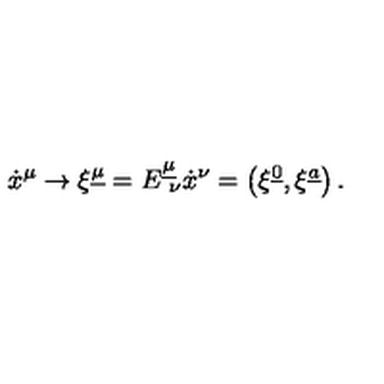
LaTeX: { \dot { x } } ^ { \mu } \to \xi ^ { \underline { { \mu } } } = E _ { \ \nu } ^ { \underline { { \mu } } } { \dot { x } } ^ { \nu } = \left( \xi ^ { \underline { { 0 } } } , \xi ^ { \underline { { a } } } \right) .